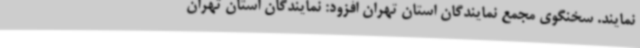
نمایند. سخنگوی مجمع نمایندگان استان تهران افزود: نمایندگان استان تهران